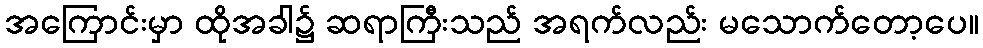
အကြောင်းမှာ ထိုအခါ၌ ဆရာကြီးသည် အရက်လည်း မသောက်တော့ပေ။